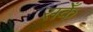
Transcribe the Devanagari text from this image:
सकेँ